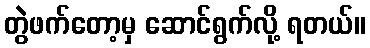
တွဲဖက်တော့မှ ဆောင်ရွက်လို့ ရတယ်။